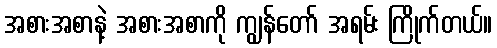
အစားအစာနဲ့ အစားအစာကို ကျွန်တော် အရမ်း ကြိုက်တယ်။